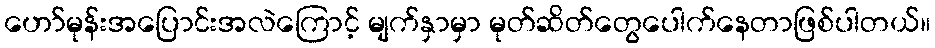
ဟော်မုန်းအပြောင်းအလဲကြောင့် မျက်နှာမှာ မုတ်ဆိတ်တွေပေါက်နေတာဖြစ်ပါတယ်။